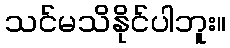
သင်မသိနိုင်ပါဘူး။